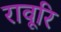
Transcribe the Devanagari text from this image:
रावूरि